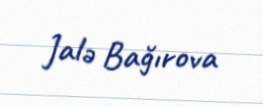
Jalə Bağırova